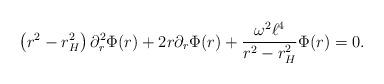
LaTeX: \begin{align*}\left(r^2-r_H^2 \right)\partial_r^2 \Phi(r)+2r\partial_r \Phi(r)+\frac{\omega^2 \ell^4}{r^2 -r_H^2}\Phi(r)=0.\end{align*}